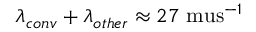
\lambda _ { c o n v } + \lambda _ { o t h e r } \approx 2 7 \mathrm { \ m u s } ^ { - 1 }